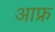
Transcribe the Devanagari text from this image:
आफ्र